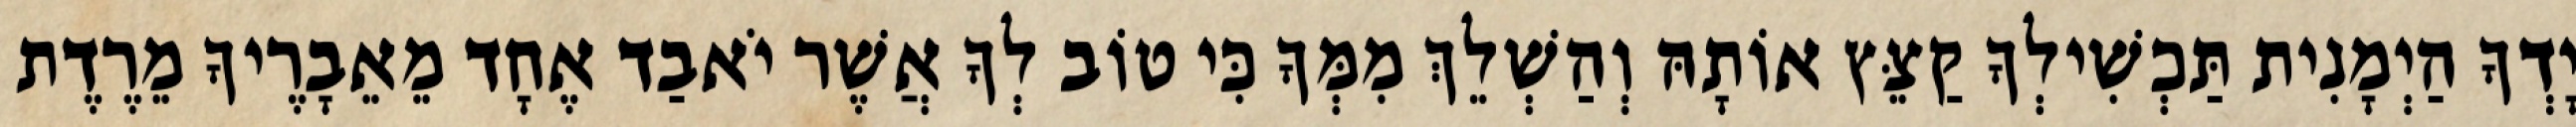
יָדְךָ הַיְמָנִית תַּכְשִׁילְךָ קַצֵּץ אוֹתָהּ וְהַשְׁלֵךְ מִמְּךָ כִּי טוֹב לְךָ אֲשֶׁר יֹאבַד אֶחָד מֵאֵבָרֶיךָ מֵרֶדֶת